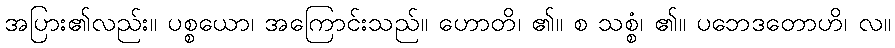
အပြား၏လည်း။ ပစ္စယော၊ အကြောင်းသည်။ ဟောတိ၊ ၏။ စ သစ္စံ၊ ၏။ ပဘေဒတောဟိ၊ လ။